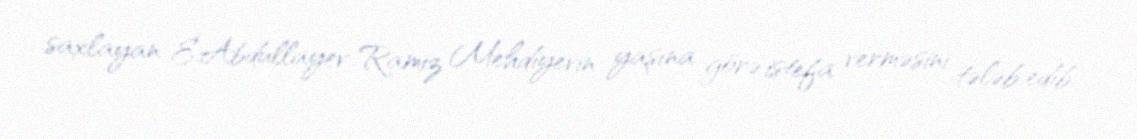
saxlayan E.Abdullayev Ramiz Mehdiyevin yaşına görə istefa verməsini tələb edib.